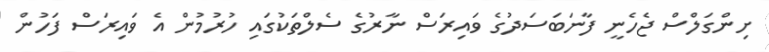
ށިންގަލްސް ޖެހެނީ ފާނަބަސަދުގެ ވައިރަސް ނާރުގެ ސެލްތަކުގައި ހުރުމުން އެ ވައިރަސް ފަހުން